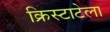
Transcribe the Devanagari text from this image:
क्रिस्टाटेला